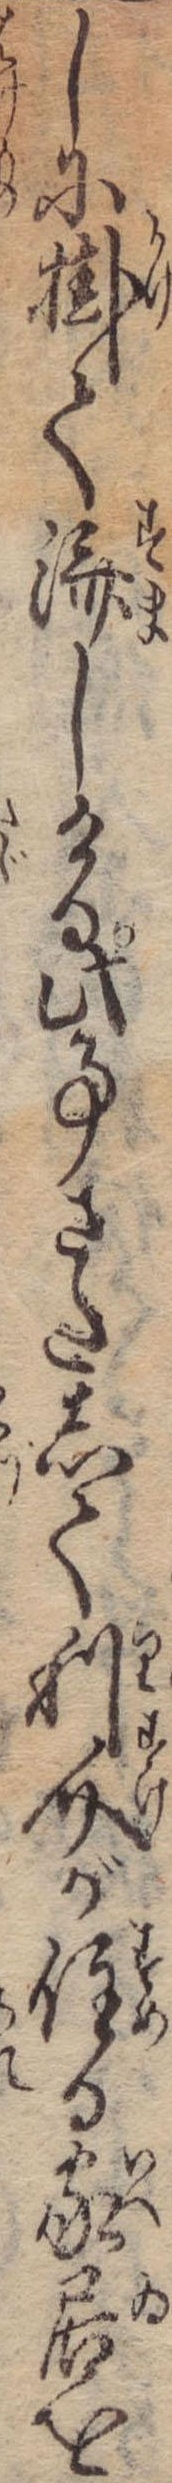
しに掛て済しける此事さたして利介が住る家居を